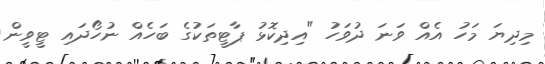
މިދިޔަ މަހު އެއް ވަނަ ދުވަހު "އިދިކޮޅު ޕާޓީތަކުގެ ބަހެއް ނުހޯދައި ޓީވީން